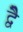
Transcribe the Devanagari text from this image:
द्वेै